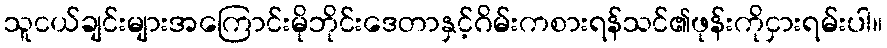
သူငယ်ချင်းများအကြောင်းမိုဘိုင်းဒေတာနှင့်ဂိမ်းကစားရန်သင်၏ဖုန်းကိုငှားရမ်းပါ။